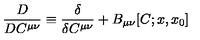
\frac { D } { D C ^ { \mu \nu } } \equiv \frac { \delta } { \delta C ^ { \mu \nu } } + B _ { \mu \nu } [ C ; x , x _ { 0 } ]